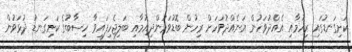
ކަށިގަނޑުގައި ރިހުމާއި އެއްދުވަހުން އަނެއްދުވަހަށް ރިހުން ބޮޑުވަމުންދިއުމާއި ބަލިޖެހިފައިވާ ހިސާބުގެ ކަށިގަނޑު ދުޅަވުން